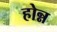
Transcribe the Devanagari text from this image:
होन्न